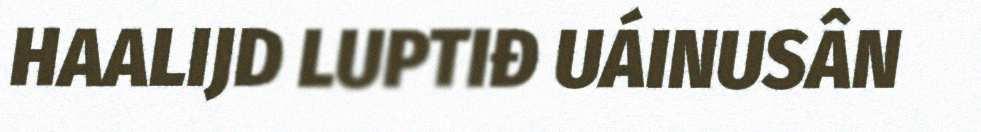
HAALIJD LUPTIĐ UÁINUSÂN